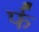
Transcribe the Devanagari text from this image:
र्फ